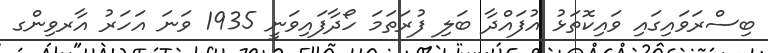
ބިސްރަވައިގައި ވައިކޮތަޅު އުފައްދާ ބަލި ފުރަތަމަ ހޯދާފައިވަނީ 1935 ވަނަ އަހަރު އާރވިންގ